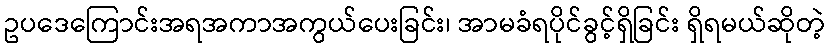
ဥပဒေကြောင်းအရအကာအကွယ်ပေးခြင်း၊ အာမခံရပိုင်ခွင့်ရှိခြင်း ရှိရမယ်ဆိုတဲ့